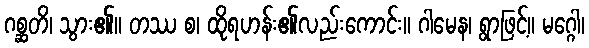
ဂစ္ဆတိ၊ သွား၏။ တဿ စ၊ ထိုရဟန်း၏လည်းကောင်း။ ဂါမေန၊ ရွာဖြင့်။ မဂ္ဂေါ၊